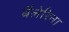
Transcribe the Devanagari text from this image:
बैलेरिना